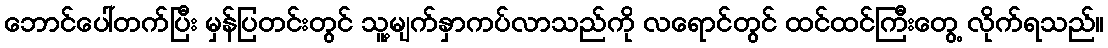
ဘောင်ပေါ်တက်ပြီး မှန်ပြတင်းတွင် သူ့မျက်နှာကပ်လာသည်ကို လရောင်တွင် ထင်ထင်ကြီးတွေ့ လိုက်ရသည်။